Indian journal of veterinary science and animal husbandry - Volume 5,
Year: 1935
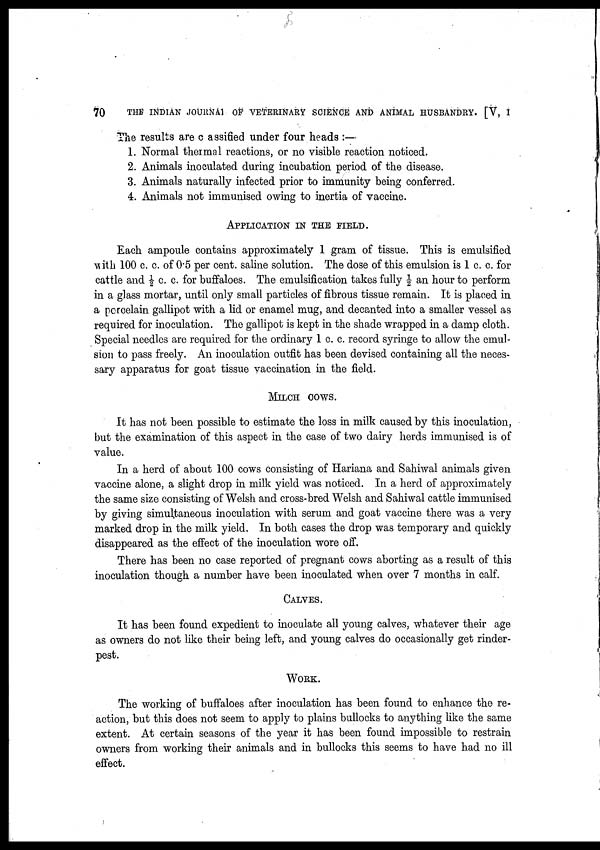
70
THE INDIAN JOURNAL OF VETERINARY SCIENCE AND ANIMAL HUSBANDRY. [V, I
The results are c assified under four heads :—
1. Normal thermal reactions, or no visible reaction noticed.
2. Animals inoculated during incubation period of the disease.
3. Animals naturally infected prior to immunity being conferred.
4. Animals not immunised owing to inertia of vaccine.
APPLICATION IN THE FIELD.
Each ampoule contains approximately 1 gram of tissue. This is emulsified
with 100 c. c. of 0.5 per cent. saline solution. The dose of this emulsion is 1 c. c. for
cattle and ½ c. c. for buffaloes. The emulsification takes fully ½ an hour to perform
in a glass mortar, until only small particles of fibrous tissue remain. It is placed in
a porcelain gallipot with a lid or enamel mug, and decanted into a smaller vessel as
required for inoculation. The gallipot is kept in the shade wrapped in a damp cloth.
Special needles are required for the ordinary 1 c. c. record syringe to allow the emul-
sion to pass freely. An inoculation outfit has been devised containing all the neces-
sary apparatus for goat tissue vaccination in the field.
MILCH COWS.
It has not been possible to estimate the loss in milk caused by this inoculation,
but the examination of this aspect in the case of two dairy herds immunised is of
value.
In a herd of about 100 cows consisting of Hariana and Sahiwal animals given
vaccine alone, a slight drop in milk yield was noticed. In a herd of approximately
the same size consisting of Welsh and cross-bred Welsh and Sahiwal cattle immunised
by giving simultaneous inoculation with serum and goat vaccine there was a very
marked drop in the milk yield. In both cases the drop was temporary and quickly
disappeared as the effect of the inoculation wore off.
There has been no case reported of pregnant cows aborting as a result of this
inoculation though a number have been inoculated when over 7 months in calf.
CALVES.
It has been found expedient to inoculate all young calves, whatever their age
as owners do not like their being left, and young calves do occasionally get rinder-
pest.
WORK.
The working of buffaloes after inoculation has been found to enhance the re
action, but this does not seem to apply to plains bullocks to anything like the same
extent. At certain seasons of the year it has been found impossible to restrain
owners from working their animals and in bullocks this seems to have had no ill
effect.